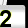
Digit: 2